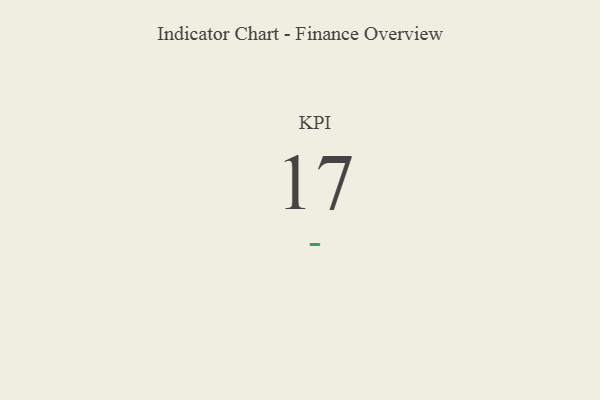
{"axis": {"x": "KPI", "y": "Value"}, "legend": [""], "data": [{"x": "KPI", "y": 17, "type": ""}]}